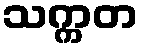
သက္ကတ